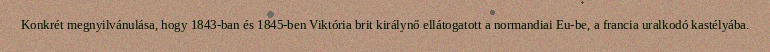
Konkrét megnyilvánulása, hogy 1843-ban és 1845-ben Viktória brit királynő ellátogatott a normandiai Eu-be, a francia uralkodó kastélyába.